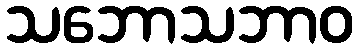
သဘောသဘာဝ